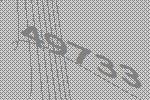
49733